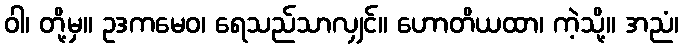
ဝါ၊ တို့မှ။ ဥဒကမေဝ၊ ရေသည်သာလျှင်။ ဟောတိယထာ၊ ကဲ့သို့။ အညံ၊